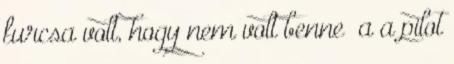
furcsa volt, hogy nem volt benne “a a pilot